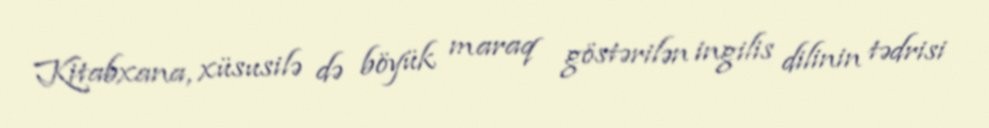
Kitabxana, xüsusilə də böyük maraq göstərilən ingilis dilinin tədrisi